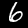
Digit: 6